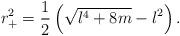
LaTeX: \begin{align*}r_+^2=\frac{1}{2}\left (\sqrt{l^4+8m}-l^2\right).\end{align*}